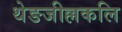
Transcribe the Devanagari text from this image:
थेङजील्लकलि